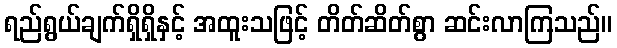
ရည်ရွယ်ချက်ရှိရှိနှင့် အထူးသဖြင့် တိတ်ဆိတ်စွာ ဆင်းလာကြသည်။